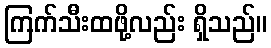
ကြက်သီးထဖို့လည်း ရှိသည်။